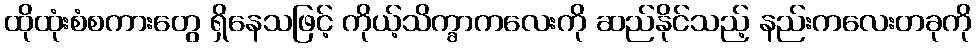
ထိုထုံးစံစကားတွေ ရှိနေသဖြင့် ကိုယ့်သိက္ခာကလေးကို ဆည်နိုင်သည့် နည်းကလေးတခုကို